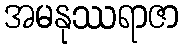
အမနုဿရာဇာ